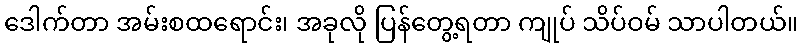
ဒေါက်တာ အမ်းစထရောင်း၊ အခုလို ပြန်တွေ့ရတာ ကျုပ် သိပ်ဝမ် သာပါတယ်။